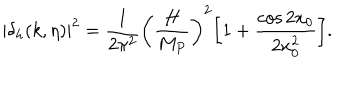
| \delta _ { h } ( k , \eta ) | ^ { 2 } = \frac { 1 } { 2 \pi ^ { 2 } } \biggl ( \frac { H } { M _ { P } } \biggr ) ^ { 2 } \biggl [ 1 + \frac { \cos { 2 x _ { 0 } } } { 2 x _ { 0 } ^ { 2 } } \biggr ] .